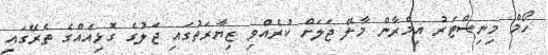
ހޯމް މިނިސްޓަރު އިމްރާން މާލޭ ޖަލަށް ކުރެއްވި ޒިޔާރަތުގައި ޖަލުގެ ގޮޅިއެއްގެ ތެރޭގައި